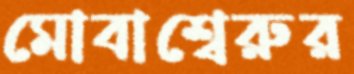
মোবাশ্বেরুর